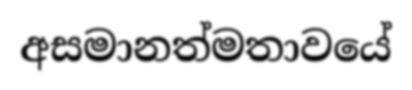
අසමානත්මතාවයේ